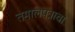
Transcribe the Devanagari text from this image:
तमालपत्राचा